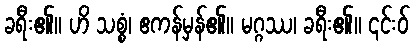
ခရီး၏။ ဟိ သစ္စံ၊ ဧကန်မှန်၏။ မဂ္ဂဿ၊ ခရီး၏။ ၎င်းဝ်